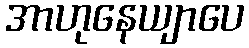
အာဟုနေယျာပေ